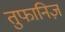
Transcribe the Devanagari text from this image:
तुफानिज़